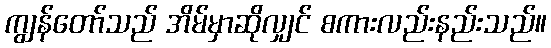
ကျွန်တော်သည် အိမ်မှာဆိုလျှင် စကားလည်းနည်းသည်။